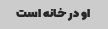
او در خانه است